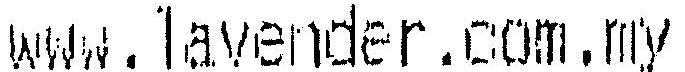
WWW.LAVENDER.COM.MY